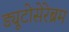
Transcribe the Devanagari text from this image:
ड्यूटोसेरेब्रम